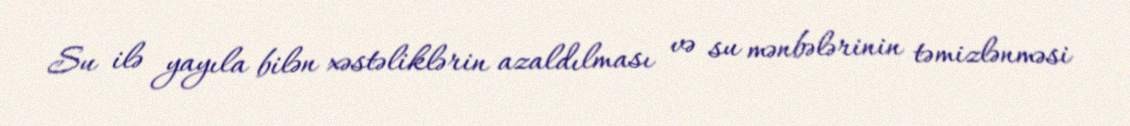
Su ilə yayıla bilən xəstəliklərin azaldılması və su mənbələrinin təmizlənməsi